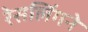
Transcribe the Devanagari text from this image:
रेसलिंगने